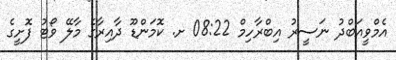
އެމްވީއަބްދު ނަސީރު އިބްރާހިމް 08:22 ށ. ކޮމަންޑޫ ދާއިރާގެ މާލޭ ވޯޓު ފޮށީގެ